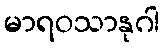
မာရဝသာနုဂါ